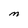
Character: M